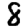
Digit: 8